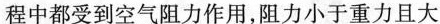
过程中都受到空气阻力作用，阻力小于重力且大